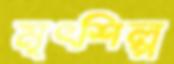
মৃৎশিল্প